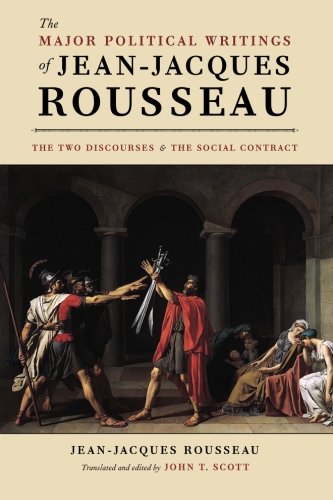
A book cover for The Major Political Writings of Jean-Jacques Rousseau: The Two "Discourses" and the "Social Contract"; Jean-Jacques Rousseau; Politics & Social Sciences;